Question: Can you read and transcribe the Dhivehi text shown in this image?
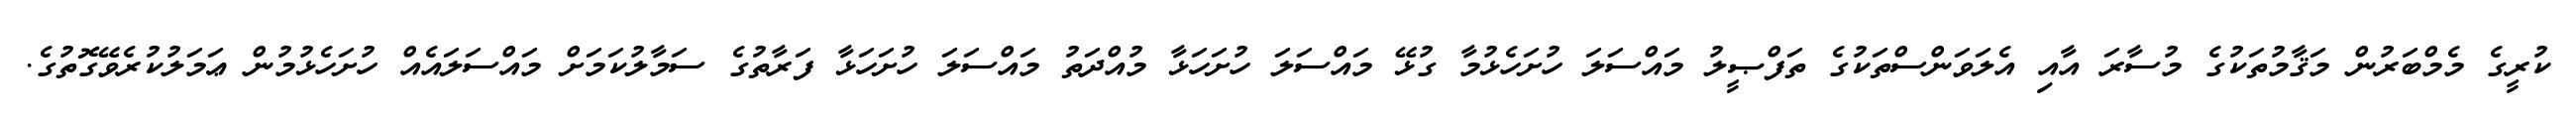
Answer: ކުރީގެ މެމްބަރުން މަޤާމުތަކުގެ މުސާރަ އާއި އެލަވަންސްތަކުގެ ތަފްޞީލު މައްސަލަ ހުށަހެޅުމާ ގުޅޭ މައްސަލަ ހުށަހަޅާ މުއްދަތު މައްސަލަ ހުށަހަޅާ ފަރާތުގެ ސަމާލުކަމަށް މައްސަލައެއް ހުށަހެޅުމުން ޢަމަލުކުރެވޭގޮތުގެ.